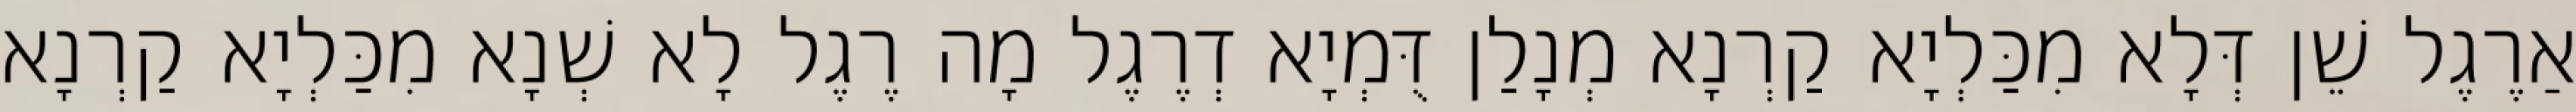
אַרֶגֶל שֵׁן דְּלָא מִכַּלְיָא קַרְנָא מְנָלַן דֻּמְיָא דְרֶגֶל מָה רֶגֶל לָא שְׁנָא מִכַּלְיָא קַרְנָא